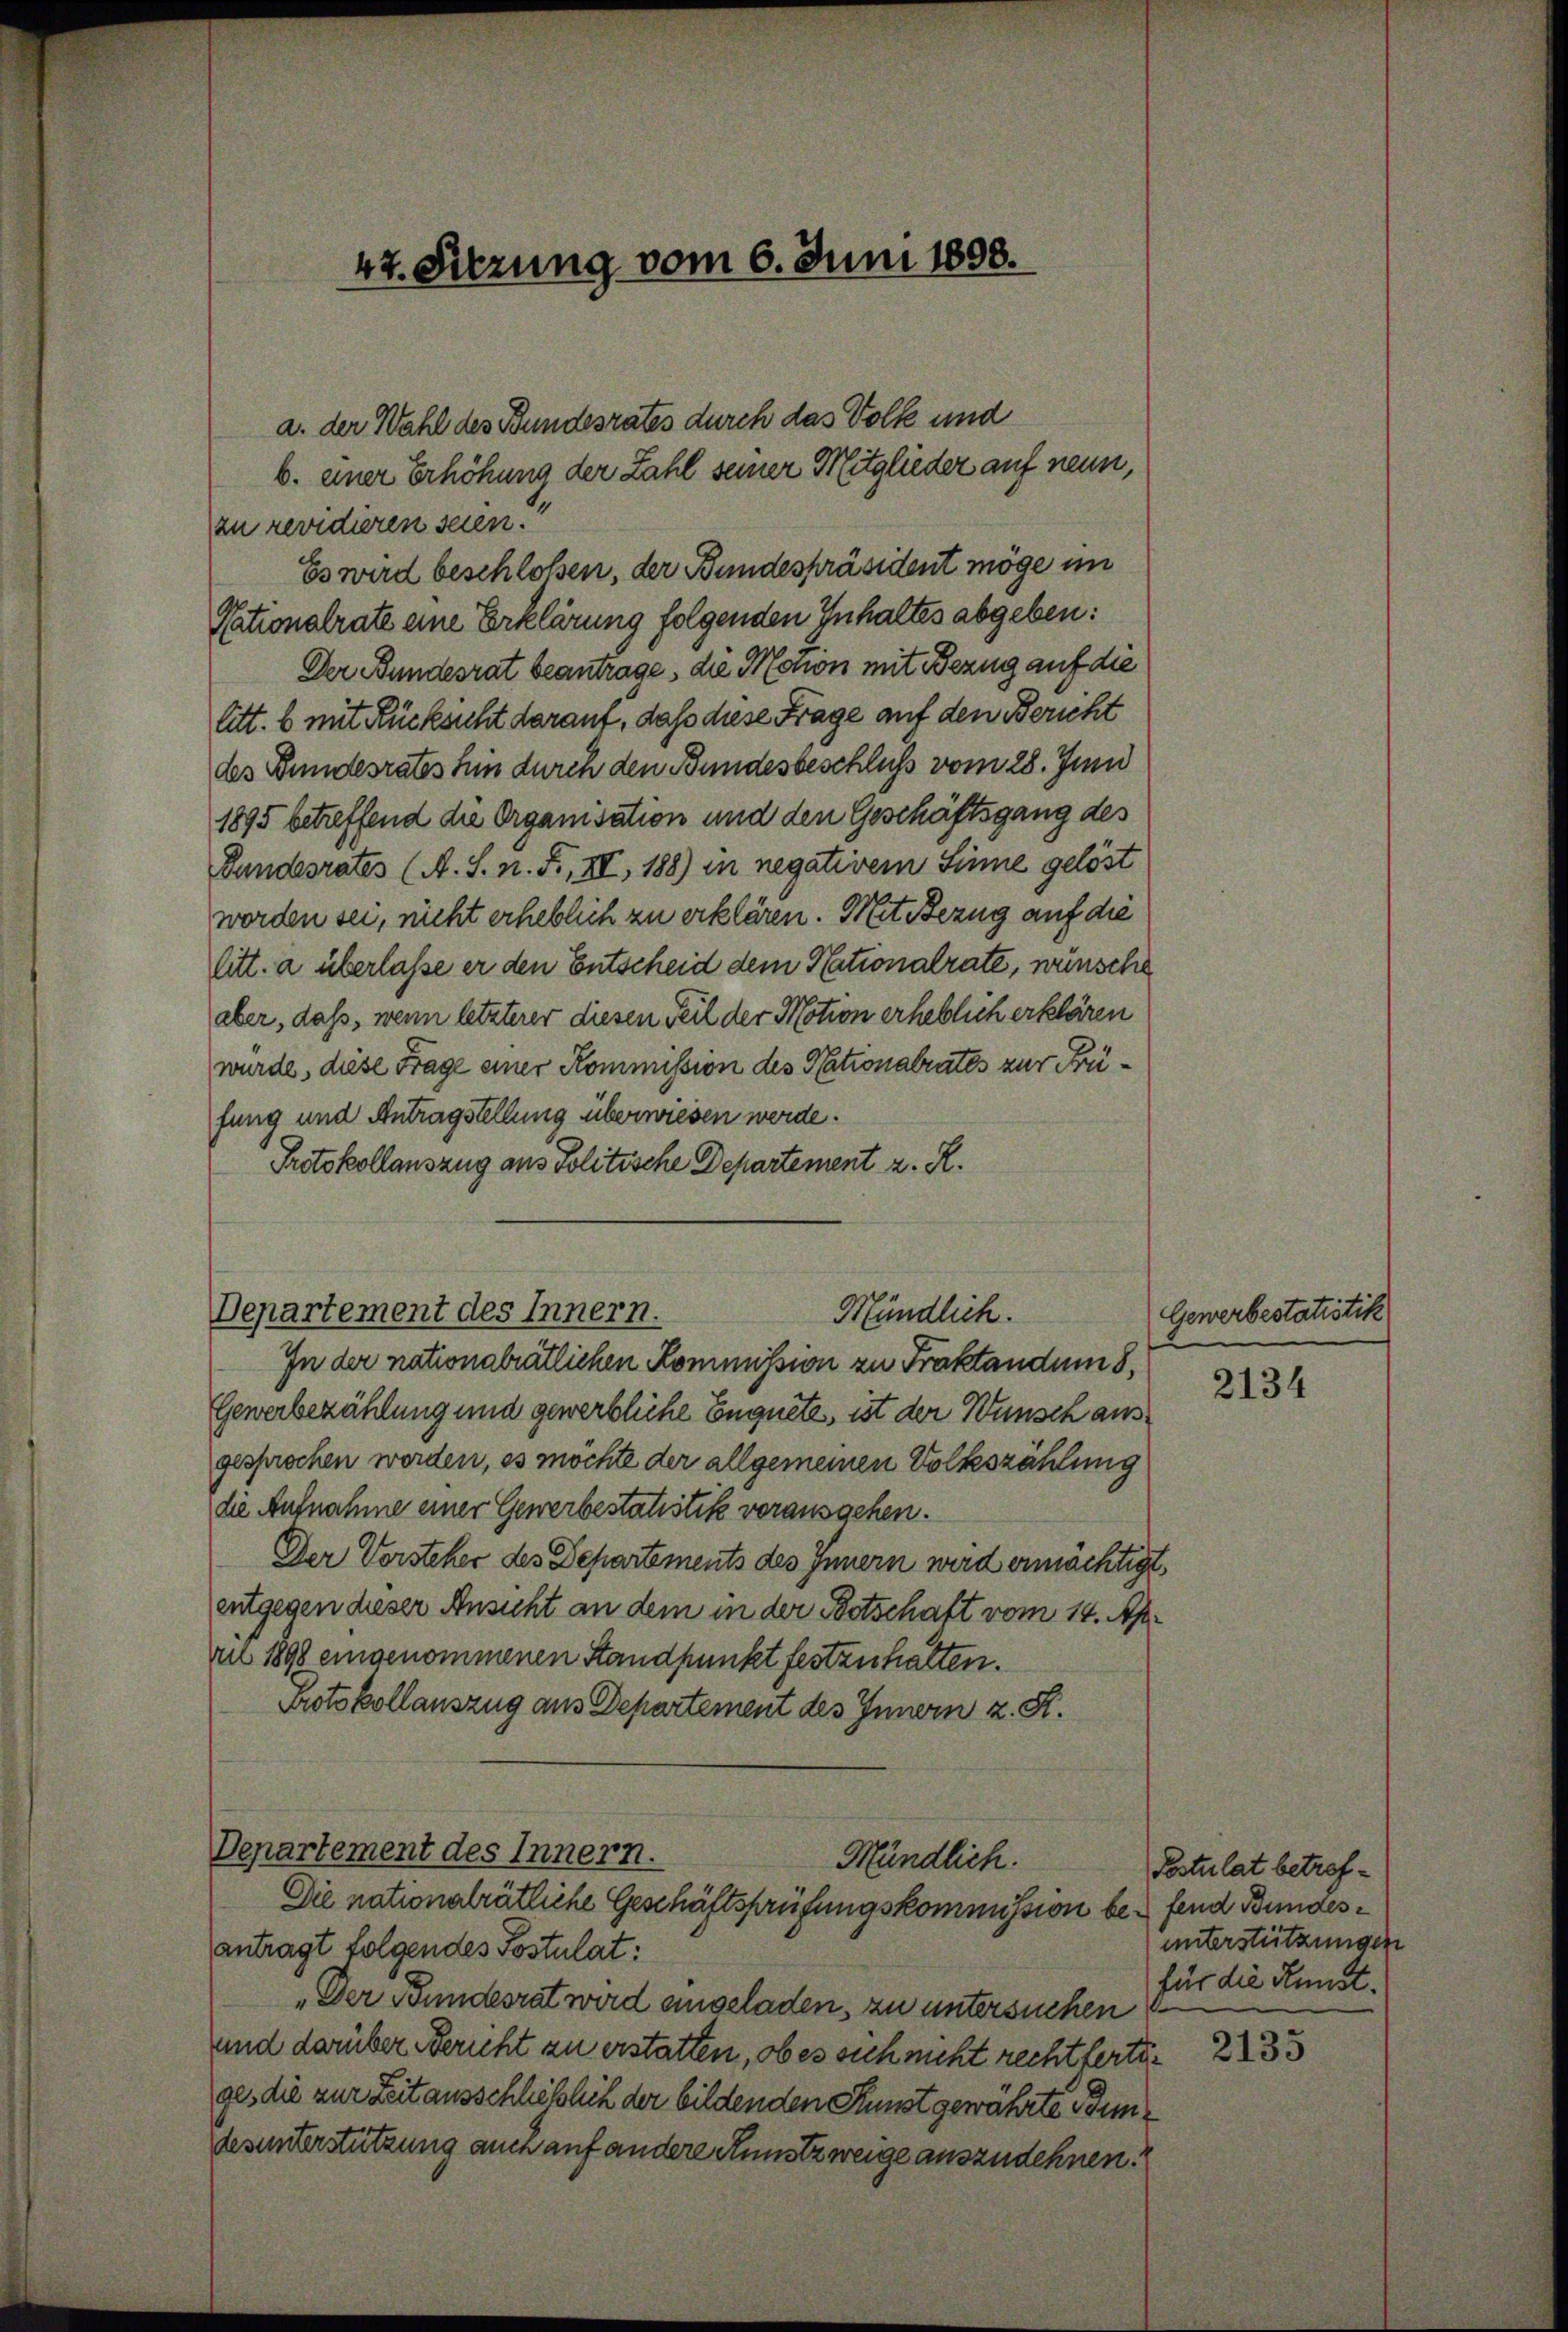
a. der Wahl des Bundesrates durch das Volk und
b. einer Erhöhung der Zahl seiner Mitglieder auf neun,
zu revidieren seien.
Es wird beschloßen, der Bundespräsident möge im
Nationalrate eine Erklärung folgenden Inhaltes abgeben:
Der Bundesrat beantrage, die Motion mit Bezug auf die
litt. b mit Rücksicht darauf, daß diese Frage auf den Bericht
des Bundesrates hin durch den Bundesbeschluß vom 28. Juni
1895 betreffend die Organisation und den Geschäftsgang des
Bundesrates (A. S. n. F., III, 188) in negativem Sinne gelöst
worden sei, nicht erheblich zu erklären. Mit Bezug auf die
litt. a überlasse er den Entscheid dem Nationalrate, wünsche
aber, daß, wenn letzterer diesen Teil der Motion erheblich erklären
wurde, diese Frage einer Kommission des Nationalrates zur Prüfung und Antragstellung überwiesen werde.
Protokollauszug aus Politische Departement z. R.

47. Sitzung vom 6. Juni 1808.

Departement des Innern.
Mündlich.

In der nationalrätlichen Kommission zu Praktandum 8,
Gewerbezählung und gewerbliche Enquete, ist der Wunsch ausgesprochen worden, es möchte der allgemeinen Volkszählung
die Aufnahme einer Gewerbestatistik vorausgehen.
Der Vorsteher des Departements des Innern wird ermächtigt.
entgegen dieser Ansicht an dem in der Betschaft vom 14. Apr
ru 1898 eingenommenen Standpunkt festzuhalten.
Protokollauszug aus Departement des Innern z. S.

Departement des Innern.
Mündlich.
Die nationalrätliche Geschäftsprüfungskommission be- fend Bundes¬

antragt folgendes Postulat:
„Der Bundesrat wird angeladen, zu untersuchen
und darüber Bericht zu erstatten, ob es sich nicht rechtfertiges die zur Zeit ausschließlich der bildenden Sunst gewährte Bundesunterstützung auch auf andere Kunstzweige auszudehnen.

Gewerbestatistik

2134

Postulat betrefunterstützungen
für die Kunst.

2135